Leaving Certificate Examination (including Day School Certificate (Higher) General paper), 1934
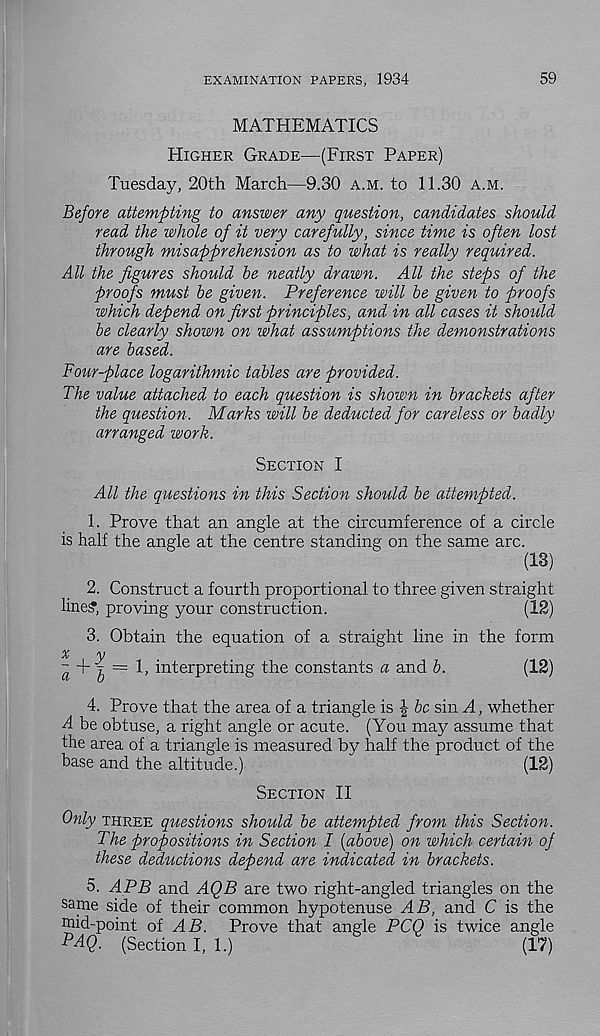
EXAMINATION PAPERS, 1934
59
MATHEMATICS
Higher Grade—(First Paper)
Tuesday, 20th March—9.30 a.m. to 11.30 a.m.
Before attempting to answer any question, candidates should
read the whole of it very carefully, since time is often lost
through misapprehension as to what is really required.
All the figures should be neatly drawn. All the steps of the
proofs must be given. Preference will be given to proofs
which depend on first principles, and in all cases it should
be clearly shown on what assumptions the demonstrations
are based.
Four-place logarithmic tables are provided.
The value attached to each question is shown in brackets after
the question. Marks will be deducted for careless or badly
arranged work.
Section I
All the questions in this Section should be attempted.
1. Prove that an angle at the circumference of a circle
is half the angle at the centre standing on the same arc.
(13)
2. Construct a fourth proportional to three given straight
line?, proving your construction.
(12)
3. Obtain the equation of a straight line in the form
X
y
~
^ = 1, interpreting the constants a and b..
(12)
4. Prove that the area of a triangle is | be sin A, whether
A be obtuse, a right angle or acute. (You may assume that
the area of a triangle is measured by half the product of the
base and the altitude.)
(12)
Section II
Only three questions should be attempted from this Section.
The propositions in Section I [above) on which certain of
these deductions defend are indicated in brackets.
5. APB and AQB are two right-angled triangles on the
same side of their common hypotenuse AB, and C is the
raid-point of AB. Prove that angle PCQ is twice angle
PAQ. (Section I, 1.)
(17)